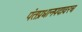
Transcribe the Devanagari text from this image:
पंतप्रधानपदावरच